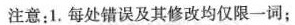
注意：1.每处错误及其修改均仅限一词；